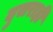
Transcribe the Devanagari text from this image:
दुसराही